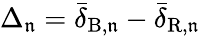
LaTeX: \Delta_{\mathfrak{n}}=\bar{{\delta}}_{\mathrm{{B}},\mathfrak{n}}-\bar{{\delta}}_{\mathrm{{R}},\mathfrak{n}}